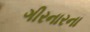
ગીરનારના